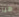
ميا